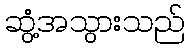
ဆွံ့အသွားသည်